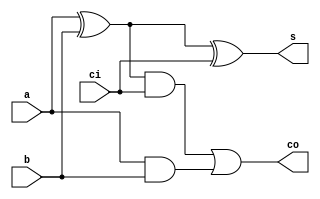
module fulladder (a, b, ci, s, co);
    input a, b, ci;
    output s, co;
    wire xb,xab,xabci;

    xor(xab,a,b);
    xor(s,xab,ci);
    and(xabci,xab,ci);
    and(ab,a,b);
    or(co,xabci,ab);
endmodule

module adder_4bit_gate(a, b, ci, s, co);
    input [3:0] a,b;
    input ci;
    output [3:0] s;
    output co;
    wire [3:0] c;

    fulladder fa1(a[0],b[0], ci, s[0], c[1]) ;
    fulladder fa2(a[1],b[1], c[1], s[1], c[2]) ;
    fulladder fa3(a[2],b[2], c[2], s[2], c[3]) ;
    fulladder fa4(a[3],b[3], c[3], s[3], co) ;

endmodule